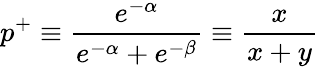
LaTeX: p^{+}\equiv\frac{e^{-\alpha}}{e^{-\alpha}+e^{-\beta}}\equiv\frac{x}{x+y}